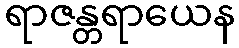
ရာဇန္တရာယေန